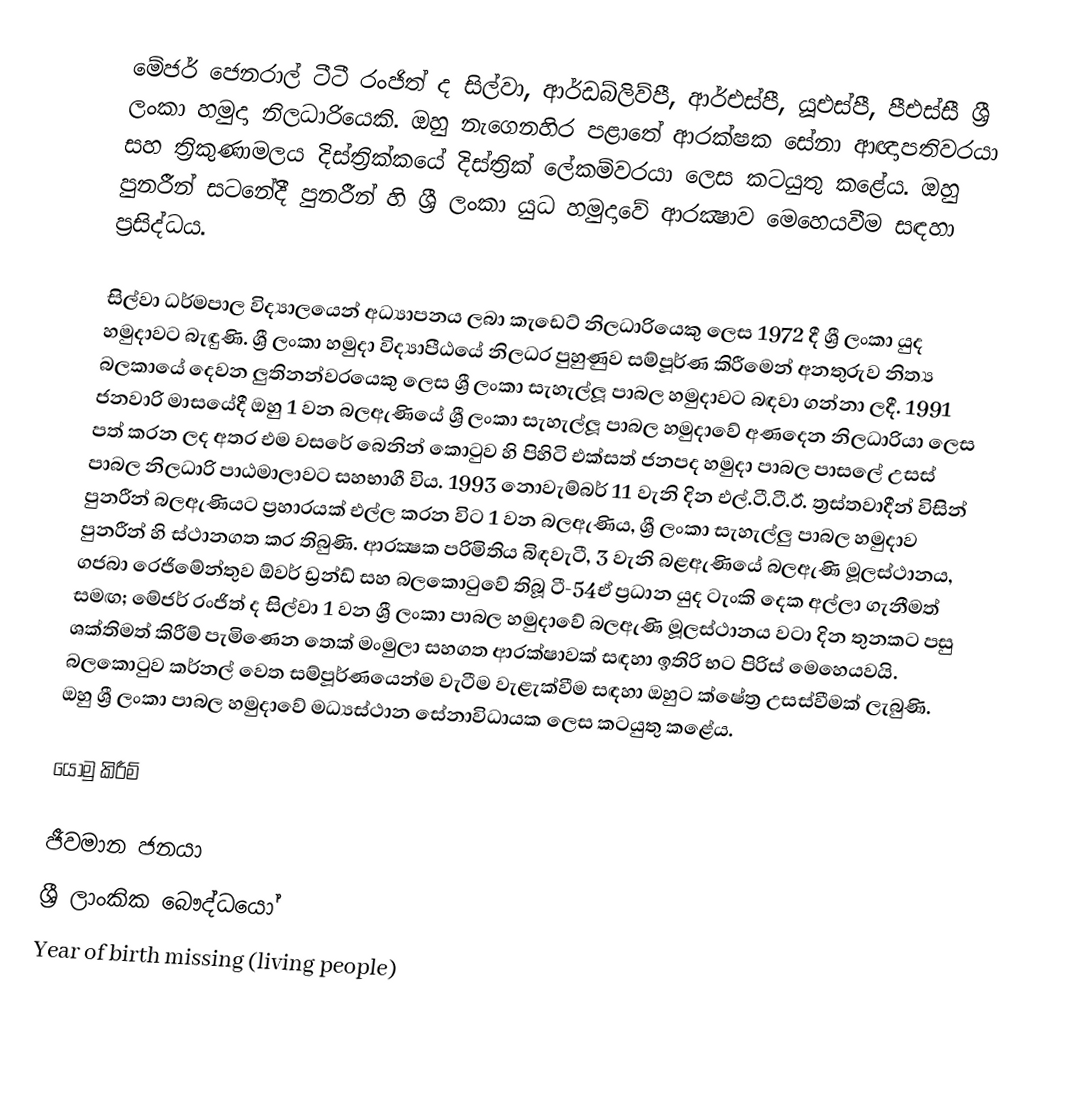
මේජර් ජෙනරාල් ටීටී රංජිත් ද සිල්වා, ආර්ඩබ්ලිව්පී, ආර්එස්පී, යූඑස්පී, පීඑස්සී ශ්‍රී ලංකා හමුදා නිලධාරියෙකි. ඔහු නැගෙනහිර පළාතේ ආරක්ෂක සේනා ආඥාපතිවරයා සහ ත්‍රිකුණාමලය දිස්ත්‍රික්කයේ දිස්ත්‍රික් ලේකම්වරයා ලෙස කටයුතු කළේය. ඔහු පුනරීන් සටනේදී පුනරීන් හි ශ්‍රී ලංකා යුධ හමුදාවේ ආරක්‍ෂාව මෙහෙයවීම සඳහා ප්‍රසිද්ධය.

සිල්වා ධර්මපාල විද්‍යාලයෙන් අධ්‍යාපනය ලබා කැඩෙට් නිලධාරියෙකු ලෙස 1972 දී ශ්‍රී ලංකා යුද හමුදාවට බැඳුණි. ශ්‍රී ලංකා හමුදා විද්‍යාපීඨයේ නිලධර පුහුණුව සම්පූර්ණ කිරීමෙන් අනතුරුව නිත්‍ය බලකායේ දෙවන ලුතිනන්වරයෙකු ලෙස ශ්‍රී ලංකා සැහැල්ලූ පාබල හමුදාවට බඳවා ගන්නා ලදී. 1991 ජනවාරි මාසයේදී ඔහු 1 වන බලඇණියේ ශ්‍රී ලංකා සැහැල්ලූ පාබල හමුදාවේ අණදෙන නිලධාරියා ලෙස පත් කරන ලද අතර එම වසරේ බෙනින් කොටුව හි පිහිටි එක්සත් ජනපද හමුදා පාබල පාසලේ උසස් පාබල නිලධාරි පාඨමාලාවට සහභාගී විය. 1993 නොවැම්බර් 11 වැනි දින එල්.ටී.ටී.ඊ. ත්‍රස්තවාදීන් විසින් පුනරීන් බලඇණියට ප්‍රහාරයක් එල්ල කරන විට 1 වන බලඇණිය, ශ්‍රී ලංකා සැහැල්ලු පාබල හමුදාව පුනරීන් හි ස්ථානගත කර තිබුණි. ආරක්‍ෂක පරිමිතිය බිඳවැටී, 3 වැනි බළඇණියේ බලඇණි මූලස්ථානය, ගජබා රෙජිමේන්තුව ඕවර් ඩ්‍රන්ඩ් සහ බලකොටුවේ තිබූ ටී-54ඒ ප්‍රධාන යුද ටැංකි දෙක අල්ලා ගැනීමත් සමඟ; මේජර් රංජිත් ද සිල්වා 1 වන ශ්‍රී ලංකා පාබල හමුදාවේ බලඇණි මූලස්ථානය වටා දින තුනකට පසු ශක්තිමත් කිරීම් පැමිණෙන තෙක් මංමුලා සහගත ආරක්ෂාවක් සඳහා ඉතිරි භට පිරිස් මෙහෙයවයි. බලකොටුව කර්නල් වෙත සම්පූර්ණයෙන්ම වැටීම වැළැක්වීම සඳහා ඔහුට ක්ෂේත්‍ර උසස්වීමක් ලැබුණි. ඔහු ශ්‍රී ලංකා පාබල හමුදාවේ මධ්‍යස්ථාන සේනාවිධායක ලෙස කටයුතු කළේය.

යොමු කිරීම්

ජීවමාන ජනයා
ශ්‍රී ලාංකික බෞද්ධයෝ
Year of birth missing (living people)